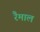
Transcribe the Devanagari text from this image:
रैमाल